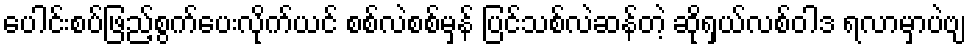
ပေါင်းစပ်ဖြည့်စွက်ပေးလိုက်ယင် စစ်လဲစစ်မှန် ပြင်သစ်လဲဆန်တဲ့ ဆိုရှယ်လစ်ဝါဒ ရလာမှာပဲဗျ